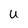
Character: U